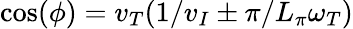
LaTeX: \cos(\phi)=v_{T}(1/v_{I}\pm\pi/L_{\pi}\omega_{T})